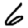
Digit: 6